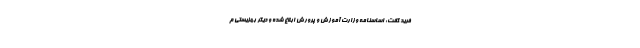
فرید گفت: اساسنامه وزارت آموزش و پرورش ابلاغ شده و دیگر بهزیستی م